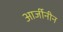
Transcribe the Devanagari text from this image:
आर्जीनीन